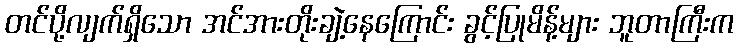
တင်ပို့လျက်ရှိသော အင်အားတိုးချဲ့နေကြောင်း ခွင့်ပြုမိန့်များ ဘူတာကြီးက